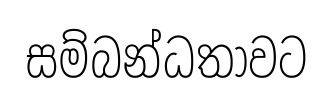
සම්බන්ධතාවට